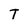
Character: T